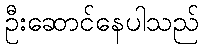
ဦးဆောင်နေပါသည်